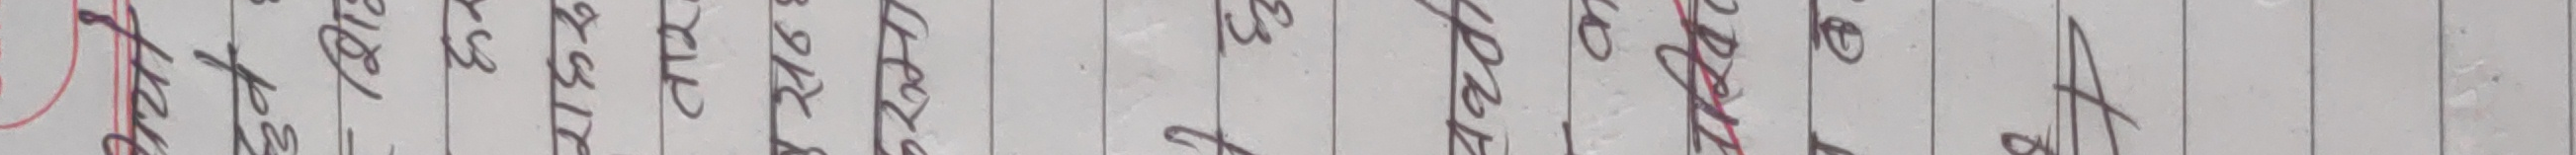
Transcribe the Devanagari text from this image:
खरेको।